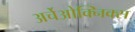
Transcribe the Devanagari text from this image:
अर्चेओक्निक्स